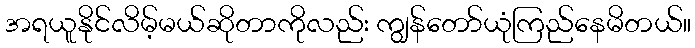
အရယူနိုင်လိမ့်မယ်ဆိုတာကိုလည်း ကျွန်တော်ယုံကြည်နေမိတယ်။